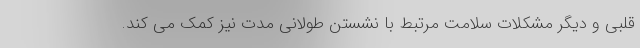
قلبی و دیگر مشکلات سلامت مرتبط با نشستن طولانی مدت نیز کمک می کند.